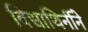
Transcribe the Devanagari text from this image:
विद्याथिर्नीने